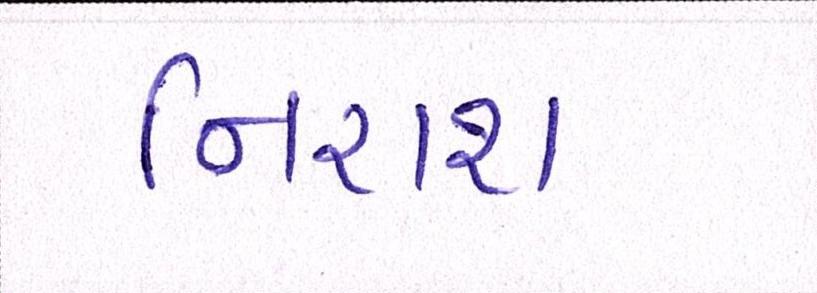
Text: નિરાશ